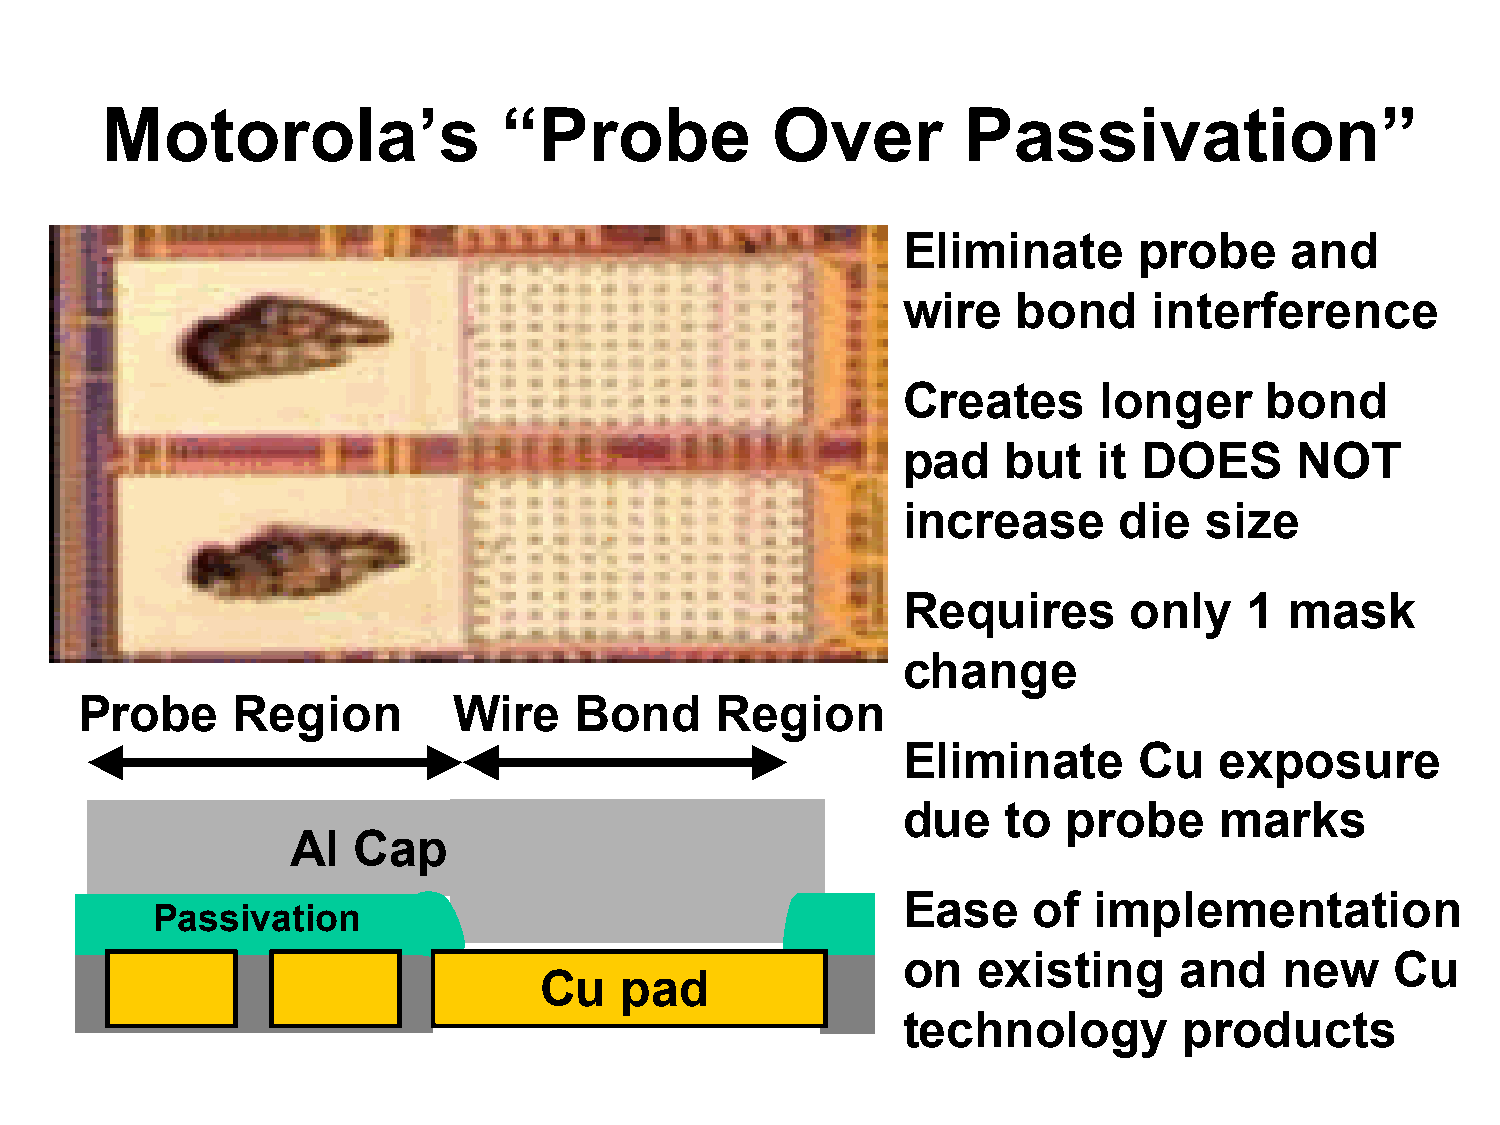
Motorola’s                “Probe            Over         Passivation”
 Eliminate      probe     and
 wire   bond     interference
 Creates      longer     bond
 pad    but   it DOES      NOT
 increase      die   size
 Requires       only    1 mask
 change
 Probe     Region         Wire    Bond     Region
 Eliminate      Cu    exposure
 due    to  probe     marks
 Al  Cap
 Ease    of  implementation
 Passivation
 on   existing     and    new    Cu
 Cu   pad
 technology        products